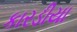
કારડીયા